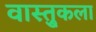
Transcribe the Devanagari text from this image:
वास्तु्कला